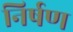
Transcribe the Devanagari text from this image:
निर्षण